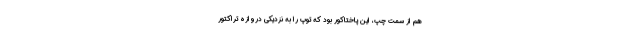
هم از سمت چپ، این پاختاکور بود که توپ را به نزدیکی دروازه تراکتور